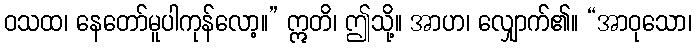
ဝသထ၊ နေတော်မူပါကုန်လော့။” ဣတိ၊ ဤသို့။ အာဟ၊ လျှောက်၏။ “အာဝုသော၊